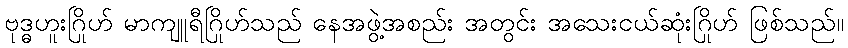
ဗုဒ္ဓဟူးဂြိုဟ် မာကျူရီဂြိုဟ်သည် နေအဖွဲ့အစည်း အတွင်း အသေးငယ်ဆုံးဂြိုဟ် ဖြစ်သည်။